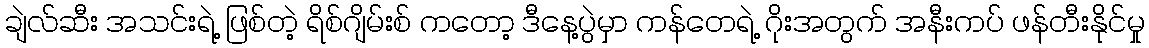
ချဲလ်ဆီး အသင်းရဲ့ ဖြစ်တဲ့ ရိစ်ဂျိမ်းစ် ကတော့ ဒီနေ့ပွဲမှာ ကန်တေရဲ့ ဂိုးအတွက် အနီးကပ် ဖန်တီးနိုင်မှု